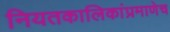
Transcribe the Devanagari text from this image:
नियतकालिकांप्रमाणेच